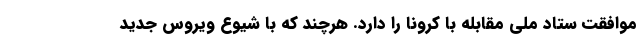
موافقت ستاد ملی مقابله با کرونا را دارد. هرچند که با شیوع ویروس جدید